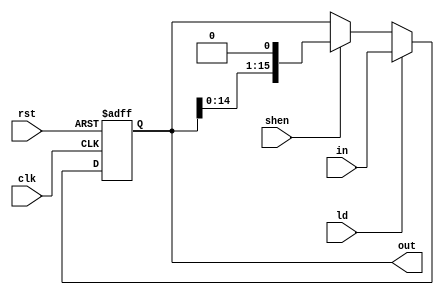
module shr16bit(in,shen , clk,rst,ld,out);
  input shen,clk,rst,ld;
  input [15:0] in;
  output[15:0] out;
  reg [15:0] shift;
  always@(posedge clk , posedge rst)
  begin
    if(rst)
      shift <= 16'b0;
    else if(ld)
      shift <= in;
    else if(shen)
      shift <= {shift[14:0] , 1'b0};
  end
  assign out=shift;
endmodule